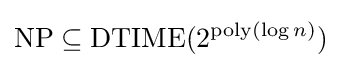
\operatorname {NP} \subseteq \operatorname {DTIME} (2^{\operatorname {poly} (\log n)})